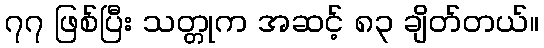
၇၇ ဖြစ်ပြီး သတ္တုက အဆင့် ၈၃ ချိတ်တယ်။